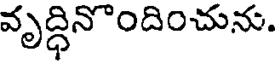
వృద్ధినొందించును.